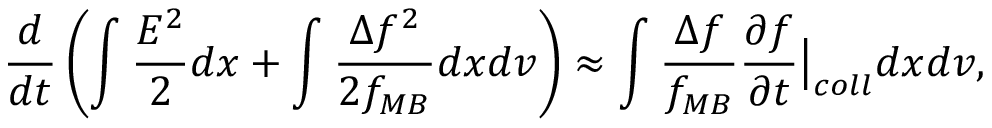
\frac { d } { d t } \left( \int \frac { E ^ { 2 } } { 2 } d x + \int \frac { \Delta f ^ { 2 } } { 2 f _ { M B } } d x d v \right) \approx \int \frac { \Delta f } { f _ { M B } } \frac { \partial f } { \partial t } \bigr \rvert _ { c o l l } d x d v ,